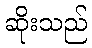
ဆိုးသည်